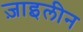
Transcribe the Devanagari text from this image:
ज़ाइलीन